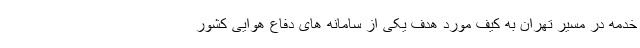
خدمه در مسیر تهران به کیف مورد هدف یکی از سامانه های دفاع هوایی کشور